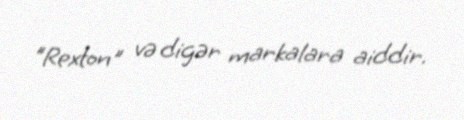
"Rexton" və digər markalara aiddir.